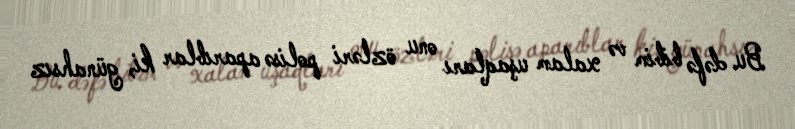
Bu dəfə bibim və xalam uşaqları onu özləri polisə aparıblar ki, günahsız